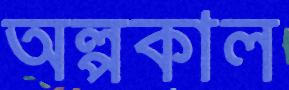
অল্পকাল